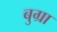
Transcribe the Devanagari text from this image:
बुग्रा